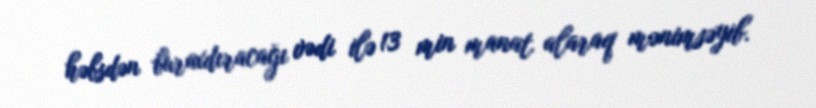
həbsdən buraxdıracağı vədi ilə 13 min manat alaraq mənimsəyib.